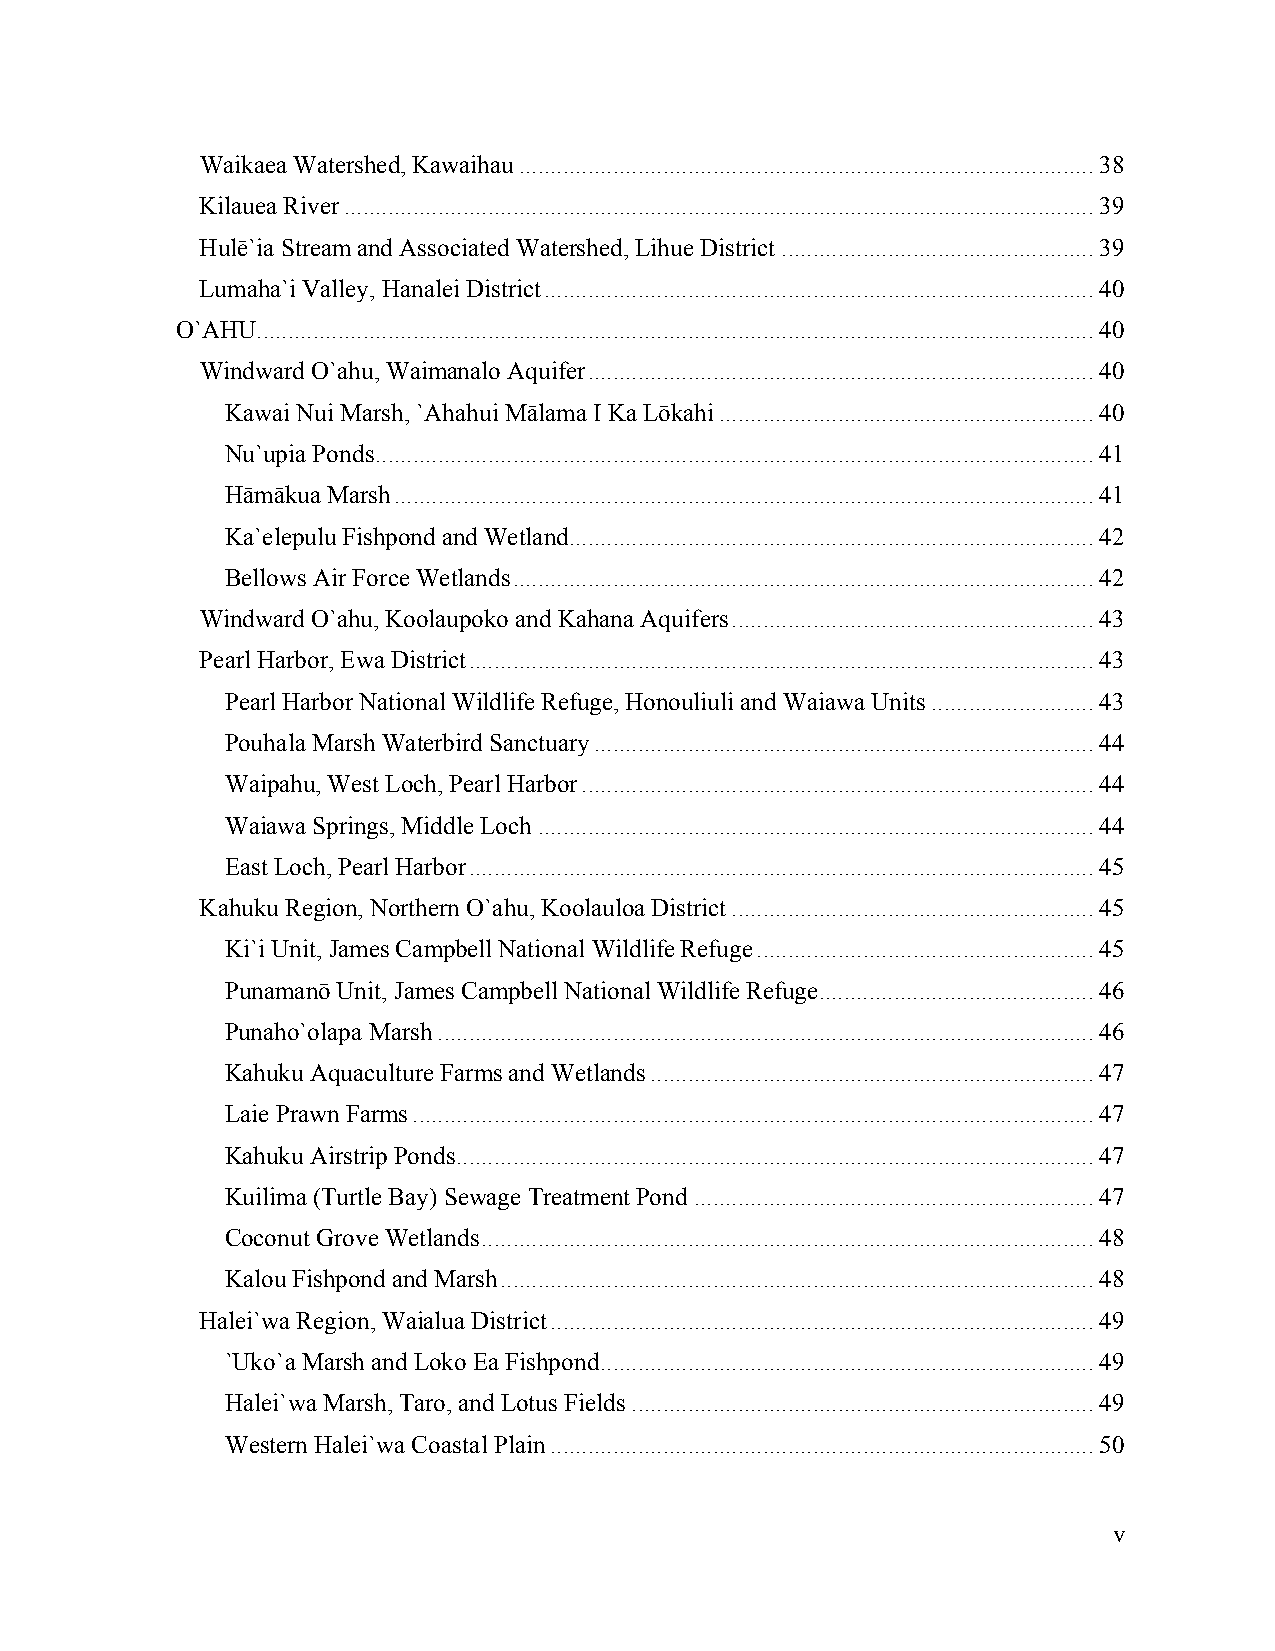
Waikaea Watershed, Kawaihau............................................................................................38
 Kilauea River........................................................................................................................39
 Hulē`ia Stream and Associated Watershed, Lihue District..................................................39
 Lumaha`i Valley, Hanalei District........................................................................................40
 O`AHU......................................................................................................................................40
 Windward O`ahu, Waimanalo Aquifer.................................................................................40
 Kawai Nui Marsh, `Ahahui Mālama I Ka Lōkahi............................................................40
 Nu`upia Ponds...................................................................................................................41
 Hāmākua Marsh................................................................................................................41
 Ka`elepulu Fishpond and Wetland....................................................................................42
 Bellows Air Force Wetlands.............................................................................................42
 Windward O`ahu, Koolaupoko and Kahana Aquifers..........................................................43
 Pearl Harbor, Ewa District....................................................................................................43
 Pearl Harbor National Wildlife Refuge, Honouliuli and Waiawa Units..........................43
 Pouhala Marsh Waterbird Sanctuary................................................................................44
 Waipahu, West Loch, Pearl Harbor..................................................................................44
 Waiawa Springs, Middle Loch.........................................................................................44
 East Loch, Pearl Harbor....................................................................................................45
 Kahuku Region, Northern O`ahu, Koolauloa District..........................................................45
 Ki`i Unit, James Campbell National Wildlife Refuge......................................................45
 Punamanō Unit, James Campbell National Wildlife Refuge............................................46
 Punaho`olapa Marsh.........................................................................................................46
 Kahuku Aquaculture Farms and Wetlands.......................................................................47
 Laie Prawn Farms.............................................................................................................47
 Kahuku Airstrip Ponds......................................................................................................47
 Kuilima (Turtle Bay) Sewage Treatment Pond................................................................47
 Coconut Grove Wetlands..................................................................................................48
 Kalou Fishpond and Marsh...............................................................................................48
 Halei`wa Region, Waialua District.......................................................................................49
 `Uko`a Marsh and Loko Ea Fishpond...............................................................................49
 Halei`wa Marsh, Taro, and Lotus Fields..........................................................................49
 Western Halei`wa Coastal Plain.......................................................................................50
 v